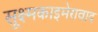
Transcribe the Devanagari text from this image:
सूक्ष्मकाइमेरावाद